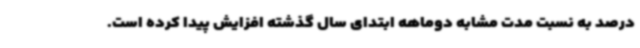
درصد به نسبت مدت مشابه دوماهه ابتدای سال گذشته افزایش پیدا کرده است.